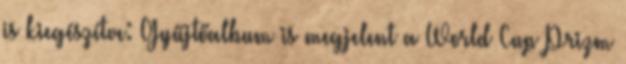
is kiegészítve: Gyűjtőalbum is megjelent a World Cup Prizm